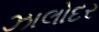
ઝાલોદર